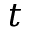
t